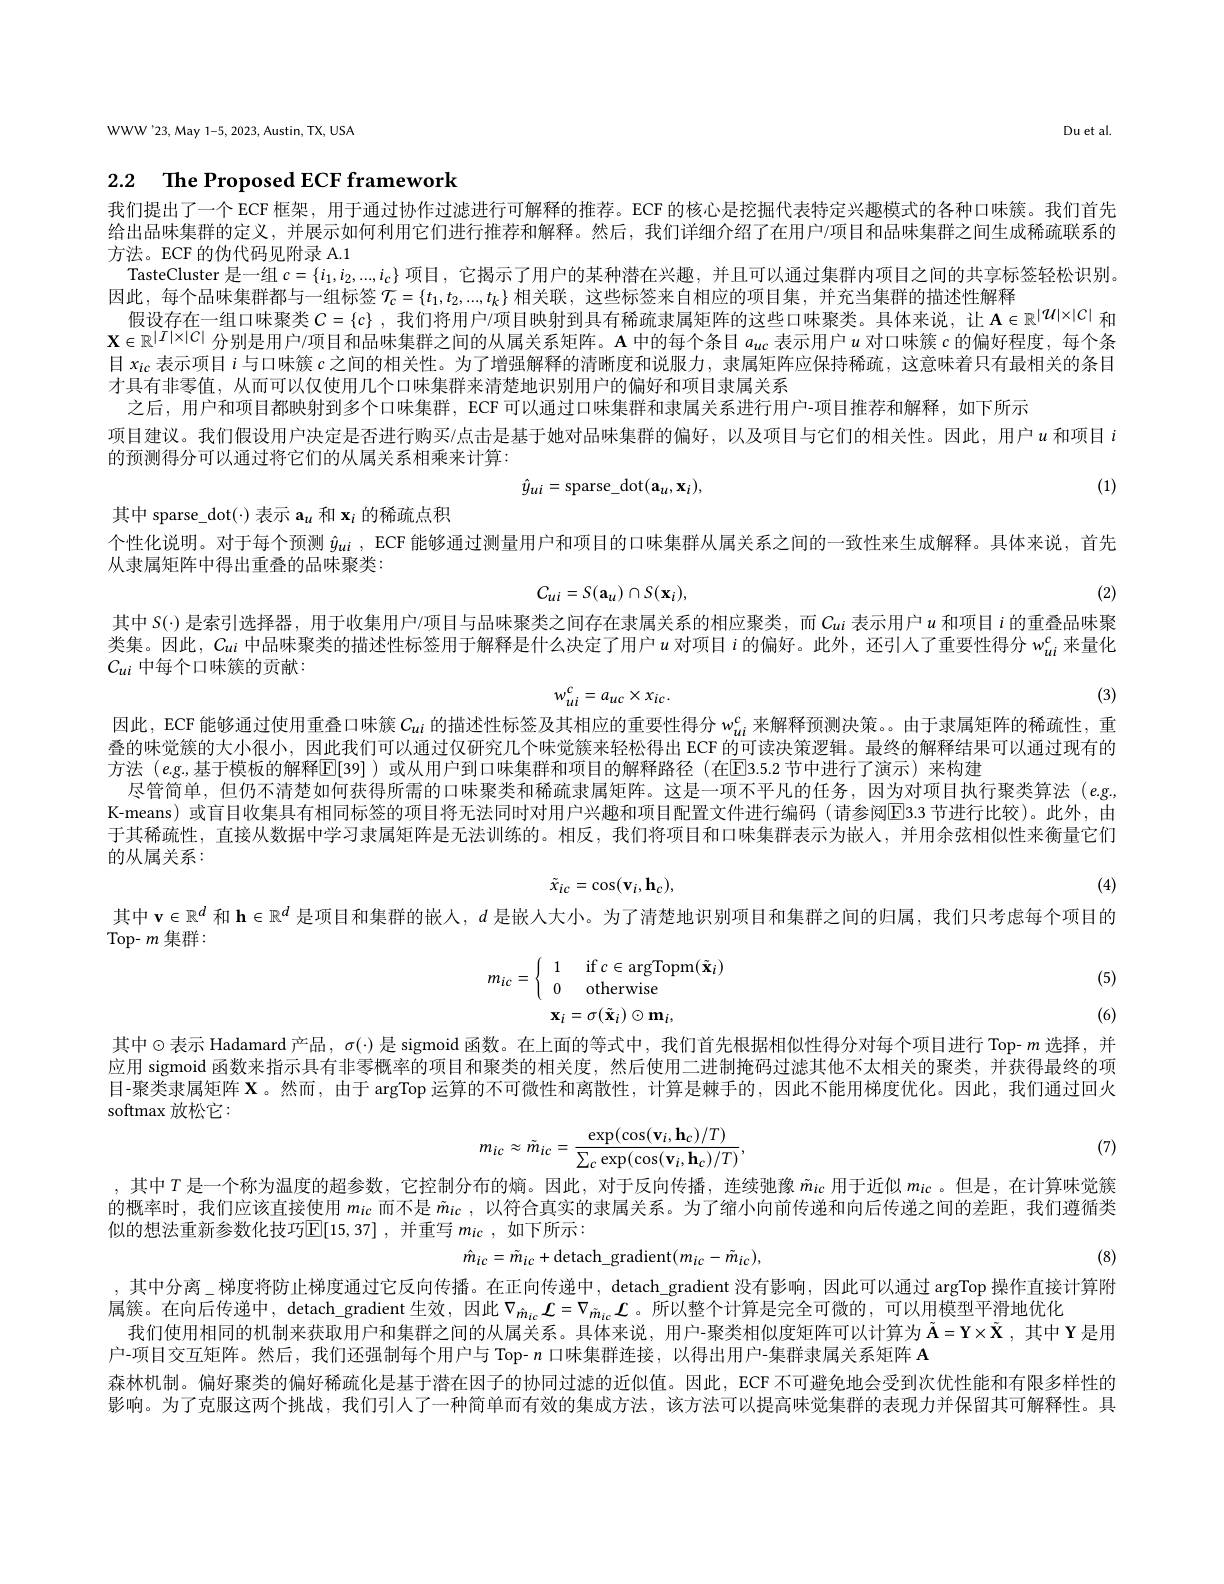
WWW'23,May 1-5, 2023, Austin, TX, USA

Du et al.

# 2.2 $\textbf{The Proposed ECF framework}$

我们提出了一个 ECF 框架，用于通过协作过滤进行可解释的推荐。ECF 的核心是挖掘代表特定兴趣模式的各种口味簇。我们首先给出品味集群的定义，并展示如何利用它们进行推荐和解释。然后，我们详细介绍了在用户/项目和品味集群之间生成稀疏联系的方法。ECF 的伪代码见附录 A.1
TasteCluster 是一组$c=\{i_1,i_2,...,i_c\}$项目，它揭示了用户的某种潜在兴趣，并且可以通过集群内项目之间的共享标签轻松识别。
因此，每个品味集群都与一组标签$\mathcal{T}_c=\{t_1,t_2,...,t_k\}$相关联，这些标签来自相应的项目集，并充当集群的描述性解释
假设存在一组口味聚类$C=\{c\}$ ,我们将用户/项目映射到具有稀疏隶属矩阵的这些口味聚类。具体来说，让$\mathbf{A}\in\mathbb{R}^{|\mathcal{U}|\times|\mathcal{C}|}$和$\mathbf{X}\in\mathbb{R}^{|I|\times|C|}$分别是用户/项目和品味集群之间的从属关系矩阵。$\mathbf{A}$中的每个条目$a_uc$表示用户$u$对口味簇$c$的偏好程度，每个条目$x_\mathrm{ic}$表示项目$i$与口味簇$c$之间的相关性。为了增强解释的清晰度和说服力，隶属矩阵应保持稀疏，这意味着只有最相关的条目才具有非零值，从而可以仅使用几个口味集群来清楚地识别用户的偏好和项目隶属关系
之后，用户和项目都映射到多个口味集群，ECF 可以通过口味集群和隶属关系进行用户-项目推荐和解释，如下所示
项目建议。我们假设用户决定是否进行购买/点击是基于她对品味集群的偏好，以及项目与它们的相关性。因此，用户$u$ 和项目 $i$
的预测得分可以通过将它们的从属关系相乘来计算：
(1)
$$\hat{y}_{ui}=\mathrm{sparse_dot}(\mathbf{a}_{u},\mathbf{x}_{i}),$$
其中 sparse\_dot(-) 表示$\mathbf{a}_u$和$\mathbf{x}_i$的稀疏点积
个性化说明。对于每个预测$\hat{y}_{ui}$, ECF 能够通过测量用户和项目的口味集群从属关系之间的一致性来生成解释。具体来说，首先
从隶属矩阵中得出重叠的品味聚类：
$$C_{ui}=S(\mathbf{a}_{u})\cap S(\mathbf{x}_{i}),$$
(2)

其中 S(·) 是索引选择器，用于收集用户/项目与品味聚类之间存在隶属关系的相应聚类，而$C_{ui}$表示用户$u$和项目$i$的重叠品味聚类集。因此，$C_{ui}$中品味聚类的描述性标签用于解释是什么决定了用户$u$对项目$i$的偏好。此外，还引人了重要性得分$w_ui^\mathrm{c}$来量化$C_{ui}$ 中每个口味簇的贡献：
$$w_{ui}^{c}=a_{uc}\times x_{ic}.$$
(3)

因此，ECF 能够通过使用重叠口味簇$C_ui$的描述性标签及其相应的重要性得分$w_{ui}^c$来解释预测决策。由于隶属矩阵的稀疏性，重叠的味觉簇的大小很小，因此我们可以通过仅研究几个味觉簇来轻松得出 ECF 的可读决策逻辑。最终的解释结果可以通过现有的方法 (eg,基于模板的解释$\mathbb{E}[39]$ )或从用户到口味集群和项目的解释路径 (在IE3.5.2 节中进行了演示)来构建
尽管简单，但仍不清楚如何获得所需的口味聚类和稀疏隶属矩阵。这是一项不平凡的任务，因为对项目执行聚类算法(eg, K-means) 或盲目收集具有相同标签的项目将无法同时对用户兴趣和项目配置文件进行编码 (请参阅EB.3 节进行比较)。此外，由于其稀疏性，直接从数据中学习隶属矩阵是无法训练的。相反，我们将项目和口味集群表示为嵌人，并用余弦相似性来衡量它们的从属关系：
$$\tilde{x}_{ic}=\cos(\mathbf{v}_{i},\mathbf{h}_{c}),$$
(4)

其中$\mathbf{v}\in\mathbb{R}^d$和$\mathbf{h}\in\mathbb{R}^d$是项目和集群的嵌人，$d$是嵌人大小。为了清楚地识别项目和集群之间的归属，我们只考虑每个项目的

Top- $m$集群：

(5)
$$m_{ic}=\left\{\begin{array}{ll}1&\quad\text{if}\:c\in\arg\mathrm{Topm}(\tilde{\mathbf{x}}_i)\\0&\quad\text{otherwise}\end{array}\right.\\\mathbf{x}_{i}=\sigma(\tilde{\mathbf{x}}_{i})\odot\mathbf{m}_{i},$$
(6)

其中$\odot$表示 Hadamard 产品，$\sigma(\cdot)$ 是 sigmoid 函数。在上面的等式中，我们首先根据相似性得分对每个项目进行 Top- $m$ 选择，并应用 sigmoid 函数来指示具有非零概率的项目和聚类的相关度，然后使用二进制掩码过滤其他不太相关的聚类，并获得最终的项目-聚类隶属矩阵$\mathbf{X}$。然而，由于 argTop 运算的不可微性和离散性，计算是棘手的，因此不能用梯度优化。因此，我们通过回火softmax 放松它：
$$m_{ic}\approx\tilde{m}_{ic}=\frac{\exp(\cos(\mathbf{v}_{i},\mathbf{h}_{c})/T)}{\sum_{c}\exp(\cos(\mathbf{v}_{i},\mathbf{h}_{c})/T)},$$
(7)

(8)

,其中$T$是一个称为温度的超参数，它控制分布的熵。因此，对于反向传播，连续弛豫$\tilde{m}_{ic}$用于近似$m_{ic}$ 。但是，在计算味觉簇的概率时，我们应该直接使用$m_{ic}$而不是$\tilde{m}_{ic}$ ,以符合真实的隶属关系。为了缩小向前传递和向后传递之间的差距，我们遵循类似的想法重新参数化技巧$\mathbb{E} [ 15, 37]$ ,并重写$m_{ic}$ ,如下所示：
$$\hat{m}_{ic}=\tilde{m}_{ic}+\mathrm{detach}_\mathrm{gradient}(m_{ic}-\tilde{m}_{ic}),$$
,其中分离\_梯度将防止梯度通过它反向传播。在正向传递中，detach\_gradient 没有影响，因此可以通过 argTop 操作直接计算附
属簇。在向后传递中，detach\_gradient 生效，因此$\nabla_{\hat{m}_{ic}}\mathcal{L}=\nabla_{\hat{m}_{ic}}\mathcal{L}$。所以整个计算是完全可微的，可以用模型平滑地优化
我们使用相同的机制来获取用户和集群之间的从属关系。具体来说，用户-聚类相似度矩阵可以计算为$\tilde{\mathbf{A}}=\mathbf{Y}\times\tilde{\mathbf{X}}$,其中$\Upsilon$是用
户-项目交互矩阵。然后，我们还强制每个用户与 Top- $n$口味集群连接，以得出用户-集群隶属关系矩阵 A
森林机制。偏好聚类的偏好稀疏化是基于潜在因子的协同过滤的近似值。因此，ECF 不可避免地会受到次优性能和有限多样性的影响。为了克服这两个挑战，我们引人了一种简单而有效的集成方法，该方法可以提高味觉集群的表现力并保留其可解释性。具